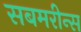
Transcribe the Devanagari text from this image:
सबमरीन्स